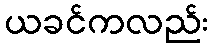
ယခင်ကလည်း